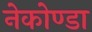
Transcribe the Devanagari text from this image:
नेकोण्डा